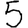
Digit: 5